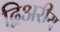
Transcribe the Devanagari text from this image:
द्विअरीय